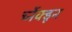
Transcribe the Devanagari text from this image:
र्च्नेक्डून